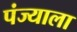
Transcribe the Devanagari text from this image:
पंज्याला